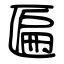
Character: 匾